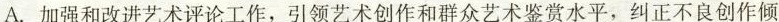
A. 加强和改进艺术评论工作，引领艺术创作和群众艺术鉴赏水平，纠正不良创作倾